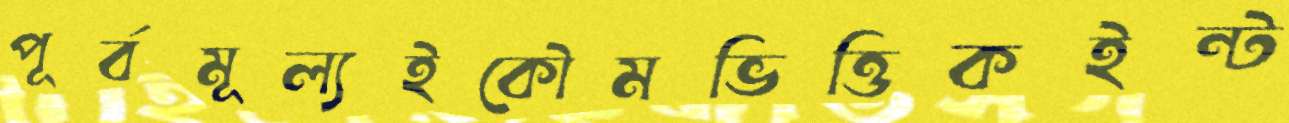
পূর্বমূল্যইকৌমভিত্তিকইন্ট